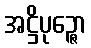
အဋ္ဌိပုဉ္ဇော